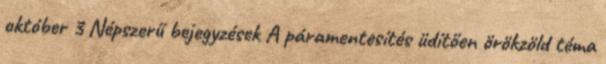
október 3 Népszerű bejegyzések A páramentesítés üdítően örökzöld téma